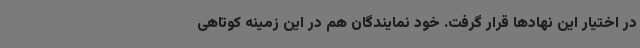
در اختیار این نهادها قرار گرفت. خود نمایندگان هم در این زمینه کوتاهی